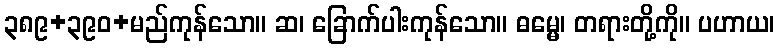
၃၈၉+၃၉၀+မည်ကုန်သော။ ဆ၊ ခြောက်ပါးကုန်သော။ ဓမ္မေ၊ တရားတို့ကို။ ပဟာယ၊